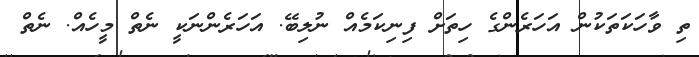
ތި ވާހަކަތަކުން އަހަރެންގެ ހިތަށް ފިނިކަމެއް ނުލިބޭ. އަހަރެންނަކީ ނެތް މީހެއް. ނެތް